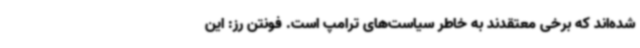
شده‌اند که برخی معتقدند به خاطر سیاست‌های ترامپ است. فونتن رز: این